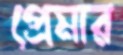
প্রেমার